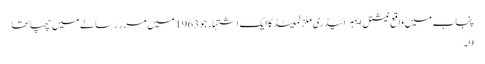
پنجاب میں واقع نیشنل ایمبرائیڈری ملز لمیٹڈ کا ایک اشتہار جو 1963 میں مرر رسالے میں چھپا تھا
9۔